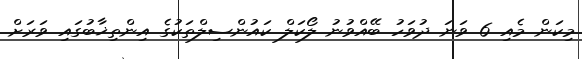
މިކަން މެއި 6 ވަނަ ދުވަހު ބޭއްވުނު ލޯކަލް ކައުންސިލްތަކުގެ އިންތިޚާބުގައި ވަރަށް